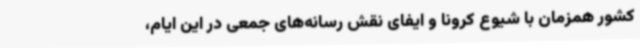
کشور همزمان با شیوع کرونا و ایفای نقش رسانه‌های جمعی در این ایام،